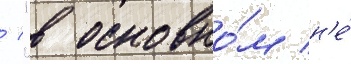
/ "в основно́м н'е́